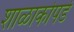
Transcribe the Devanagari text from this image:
शाळाकोपर्डे